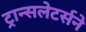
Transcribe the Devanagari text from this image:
ट्रान्सलेटर्सने